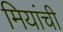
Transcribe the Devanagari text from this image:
मियांची